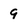
Character: 9